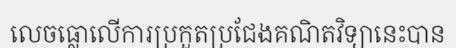
លេចធ្លោលើការប្រកួតប្រជែងគណិតវិទ្យានេះបាន